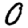
Digit: 0